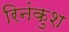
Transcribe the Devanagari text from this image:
रिनंकुश